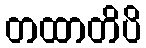
တထာတိပိ